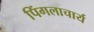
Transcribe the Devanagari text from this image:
पिंगलाचार्य